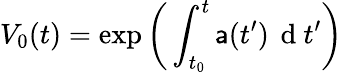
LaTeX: V_{0}(t)=\exp\bigg(\displaystyle\int_{t_{0}}^{t}\mathsf{a}(t^{\prime})\, \mathrm{{~d~}}t^{\prime}\bigg)